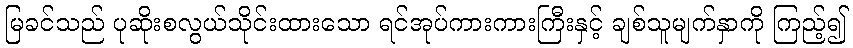
မြခင်သည် ပုဆိုးစလွယ်သိုင်းထားသော ရင်အုပ်ကားကားကြီးနှင့် ချစ်သူမျက်နှာကို ကြည့်၍